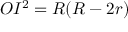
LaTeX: O I ^ { 2 } = R ( R - 2 r )